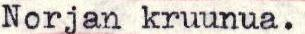
Norjan kruunua.